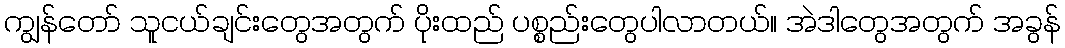
ကျွန်တော် သူငယ်ချင်းတွေအတွက် ပိုးထည် ပစ္စည်းတွေပါလာတယ်။ အဲဒါတွေအတွက် အခွန်